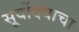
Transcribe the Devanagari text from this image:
सूर्योदयाचा